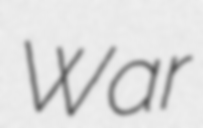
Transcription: War